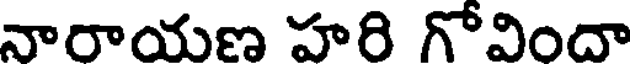
నారాయణ హరి గోవిందా